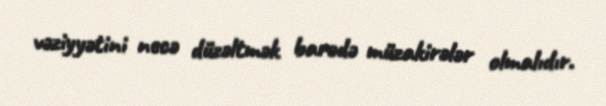
vəziyyətini necə düzəltmək barədə müzakirələr olmalıdır.